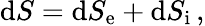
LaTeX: \mathrm{d}S=\mathrm{d}S_{\mathrm{e}}+\mathrm{d}S_{\mathrm{i}}\, ,